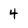
Character: 4